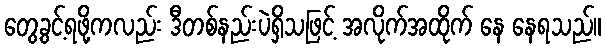
တွေ့ခွင့်ရဖို့ကလည်း ဒီတစ်နည်းပဲရှိသဖြင့် အလိုက်အထိုက် နေ နေရသည်။